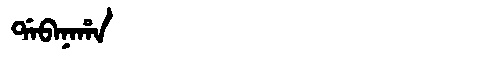
Manchu: ᡩᠠᠪᠠᠨᠠᡥᠠ
Romanization: DABANAHA